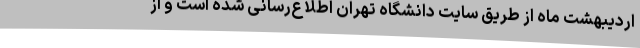
اردیبهشت ماه از طریق سایت دانشگاه تهران اطلاع‌رسانی شده است و از